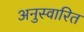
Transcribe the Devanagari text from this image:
अनुस्वारित